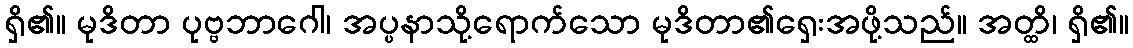
ရှိ၏။ မုဒိတာ ပုဗ္ဗဘာဂေါ၊ အပ္ပနာသို့ရောက်သော မုဒိတာ၏ရှေးအဖို့သည်။ အတ္ထိ၊ ရှိ၏။